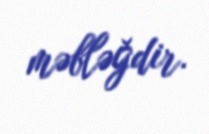
məbləğdir.